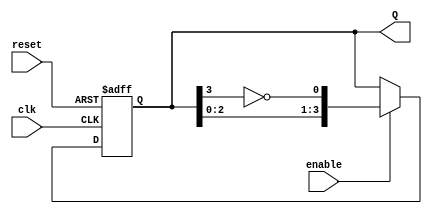
module JohnsonCounter #(
    parameter N = 4 // Number of stages (flip-flops)
)(
    input wire clk,          // Clock signal
    input wire reset,        // Asynchronous reset signal
    input wire enable,       // Enable signal
    output reg [N-1:0] Q     // Output state
);

    // Internal signal for feedback
    wire feedback;

    // Invert the last flip-flop output for feedback
    assign feedback = ~Q[N-1];

    // Always block for synchronous operation
    always @(posedge clk or posedge reset) begin
        if (reset) begin
            // Asynchronous reset
            Q <= 0; // Initialize all flip-flops to 0
        end else if (enable) begin
            // Shift the state based on feedback
            Q <= {Q[N-2:0], feedback}; // Shift left and insert feedback
        end
    end

endmodule